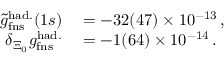
\begin{array} { r l } { \tilde { g } _ { \mathrm { f n s } } ^ { \mathrm { h a d . } } ( 1 s ) } & { { } = - 3 2 ( 4 7 ) \times 1 0 ^ { - 1 3 } \, , } \\ { \delta _ { \Xi _ { 0 } } g _ { \mathrm { f n s } } ^ { \mathrm { h a d . } } } & { { } = - 1 ( 6 4 ) \times 1 0 ^ { - 1 4 } \, . } \end{array}